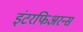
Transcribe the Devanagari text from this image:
इंटरफिअरन्स